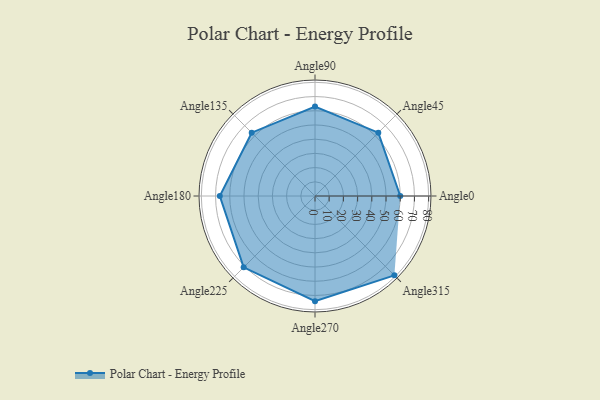
{"axis": {"x": "Angle", "y": "Radius"}, "legend": [""], "data": [{"x": "Angle0", "y": 60.0, "type": ""}, {"x": "Angle45", "y": 63.0, "type": ""}, {"x": "Angle90", "y": 63.0, "type": ""}, {"x": "Angle135", "y": 63.0, "type": ""}, {"x": "Angle180", "y": 67.0, "type": ""}, {"x": "Angle225", "y": 71.0, "type": ""}, {"x": "Angle270", "y": 74.0, "type": ""}, {"x": "Angle315", "y": 79.0, "type": ""}]}